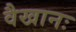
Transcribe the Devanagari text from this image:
वैखानः